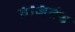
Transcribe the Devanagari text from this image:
वाजतंय